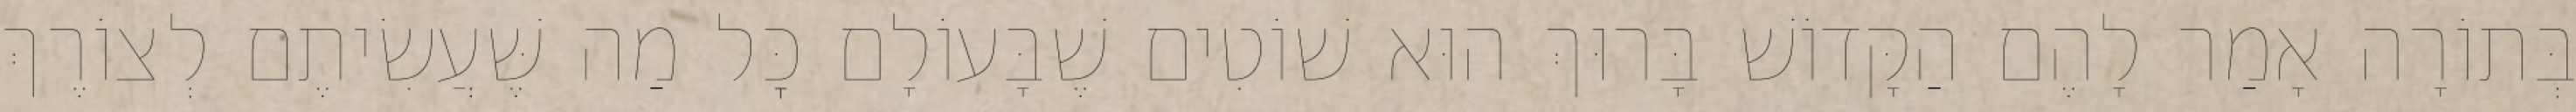
בְּתוֹרָה אָמַר לָהֶם הַקָּדוֹשׁ בָּרוּךְ הוּא שׁוֹטִים שֶׁבָּעוֹלָם כׇּל מַה שֶּׁעֲשִׂיתֶם לְצוֹרֶךְ